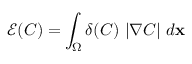
\mathcal { E } ( C ) = \int _ { \Omega } \delta ( C ) \ | \nabla C | \ d \mathbf { x }